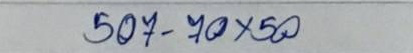
507 - 70 x 50